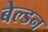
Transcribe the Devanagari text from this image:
बेल्डन